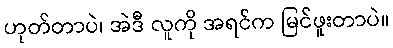
ဟုတ်တာပဲ၊ အဲဒီ လူကို အရင်က မြင်ဖူးတာပဲ။